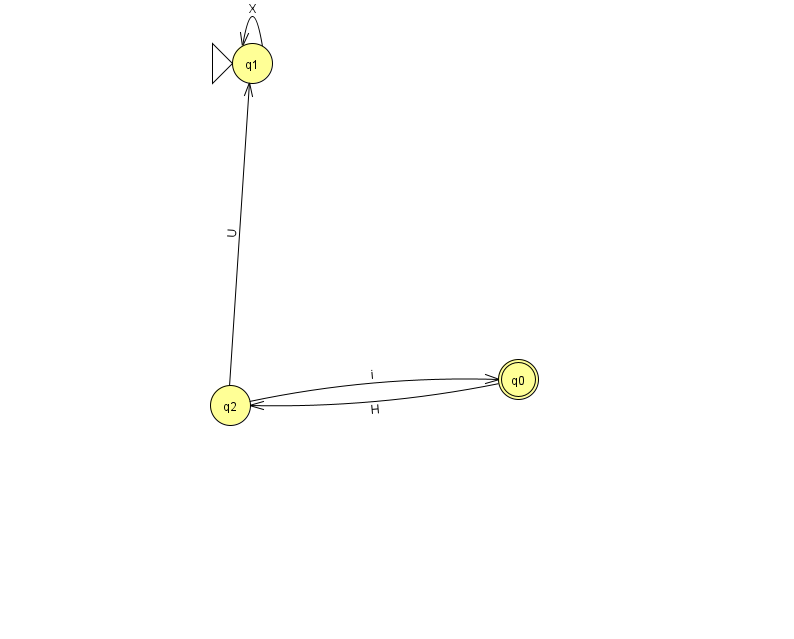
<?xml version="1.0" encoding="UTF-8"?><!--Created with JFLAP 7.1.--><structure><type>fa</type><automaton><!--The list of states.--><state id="0" name="q0"><x>518.0</x><y>366.0</y><final/></state><state id="1" name="q1"><x>252.0</x><y>50.0</y><initial/></state><state id="2" name="q2"><x>230.0</x><y>392.0</y></state><!--The list of transitions.--><transition><from>2</from><to>1</to><read>U</read></transition><transition><from>0</from><to>2</to><read>H</read></transition><transition><from>2</from><to>0</to><read>i</read></transition><transition><from>1</from><to>1</to><read>X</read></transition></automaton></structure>